Leaving Certificate Examination (including Day School Certificate (Higher) General paper), 1929
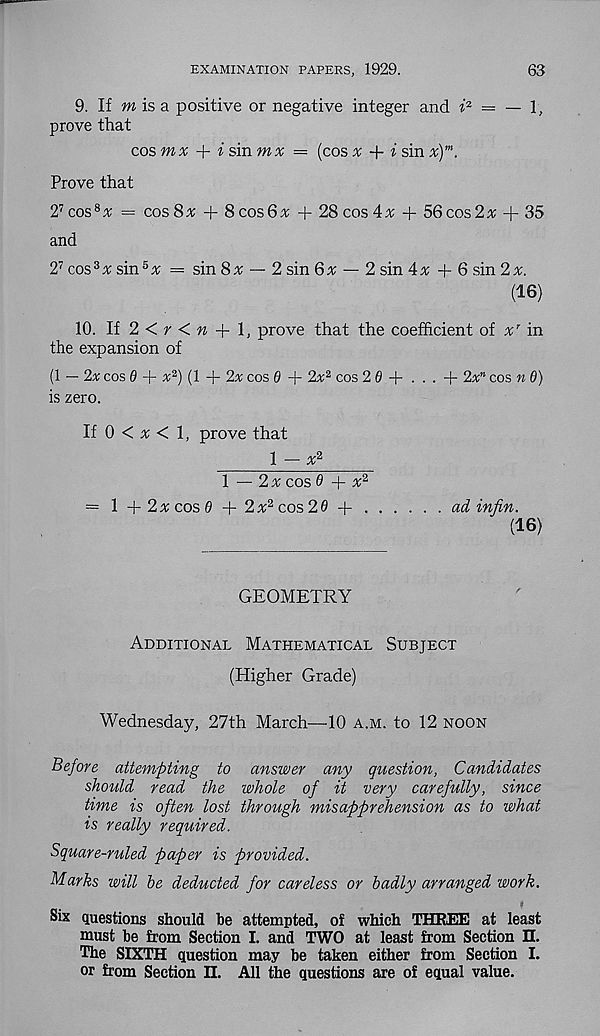
63
EXAMINATION PAPERS, 1929.
9. If m is a positive or negative integer and f 2 = — 1,
prove that
cosmx + i sin mx = (cos x -\- i sin x) m .
Prove that
2 7 cos 8^ = cos 8% + 8 cos 6% + 28 cos 4# + 56 cos 2 s; + 35
and
2 7 cos 3 s; sin 5 s; = sin 8s; — 2 sin 6s; — 2 sin 4s; + 6 sin 2s;.
(16)
10. li2<r<n + \, prove that the coefficient of s;’" in
the expansion of
(1 — 2x cos d + s; 2 ) (1 + 2s; cos 0 + 2s; 2 cos 2 0+...+ 2s:” cos n d)
is zero.
If 0 < s; < 1, prove that
1 — s; 2
1 — 2 s: cos 0 + s; 2
= 1 +2s:cos0 + 2 s; 2 cos 20 +
ad infin.
(16)
GEOMETRY
Additional Mathematical Subject
(Higher Grade)
Wednesday, 27th March—10 a.m. to 12 noon
Before attempting to answer any question, Candidates
should read the whole of it very carefully, since
time is often lost through misapprehension as to what
is really required.
Square-ruled paper is provided.
Marks will be deducted for careless or badly arranged work.
Six questions should he attempted, of which THREE at least
must be from Section I. and TWO at least from Section II.
The SIXTH question may be taken either from Section I.
or from Section H. All the questions are of equal value.